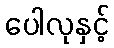
ပေါလုနှင့်